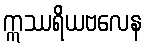
ဣဿရိယဗလေန